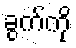
ခွက်ကို